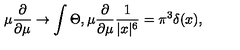
\mu { \frac { \partial } { \partial \mu } } \rightarrow \int \Theta , \mu { \frac { \partial } { \partial \mu } } { \frac { 1 } { | x | ^ { 6 } } } = \pi ^ { 3 } \delta ( x ) ,